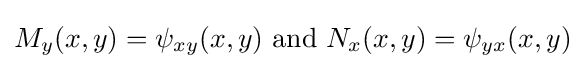
M_{y}(x,y)=\psi _{xy}(x,y){\text{ and }}N_{x}(x,y)=\psi _{yx}(x,y)